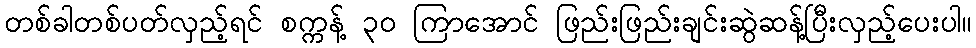
တစ်ခါတစ်ပတ်လှည့်ရင် စက္ကန့် ၃၀ ကြာအောင် ဖြည်းဖြည်းချင်းဆွဲဆန့်ပြီးလှည့်ပေးပါ။